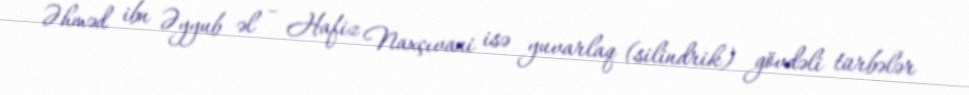
Əhməd ibn Əyyub əl – Hafiz Naxçıvani isə yuvarlaq (silindrik) gövdəli türbələr